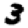
Digit: 3